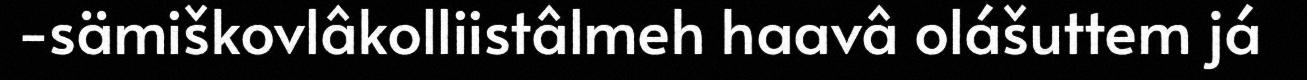
-sämiškovlâkolliistâlmeh haavâ olášuttem já